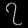
Digit: ၇